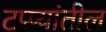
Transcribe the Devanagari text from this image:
टप्प्यांतील